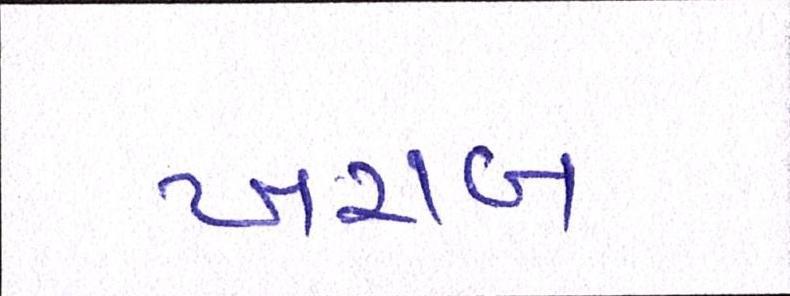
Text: ખરાબ